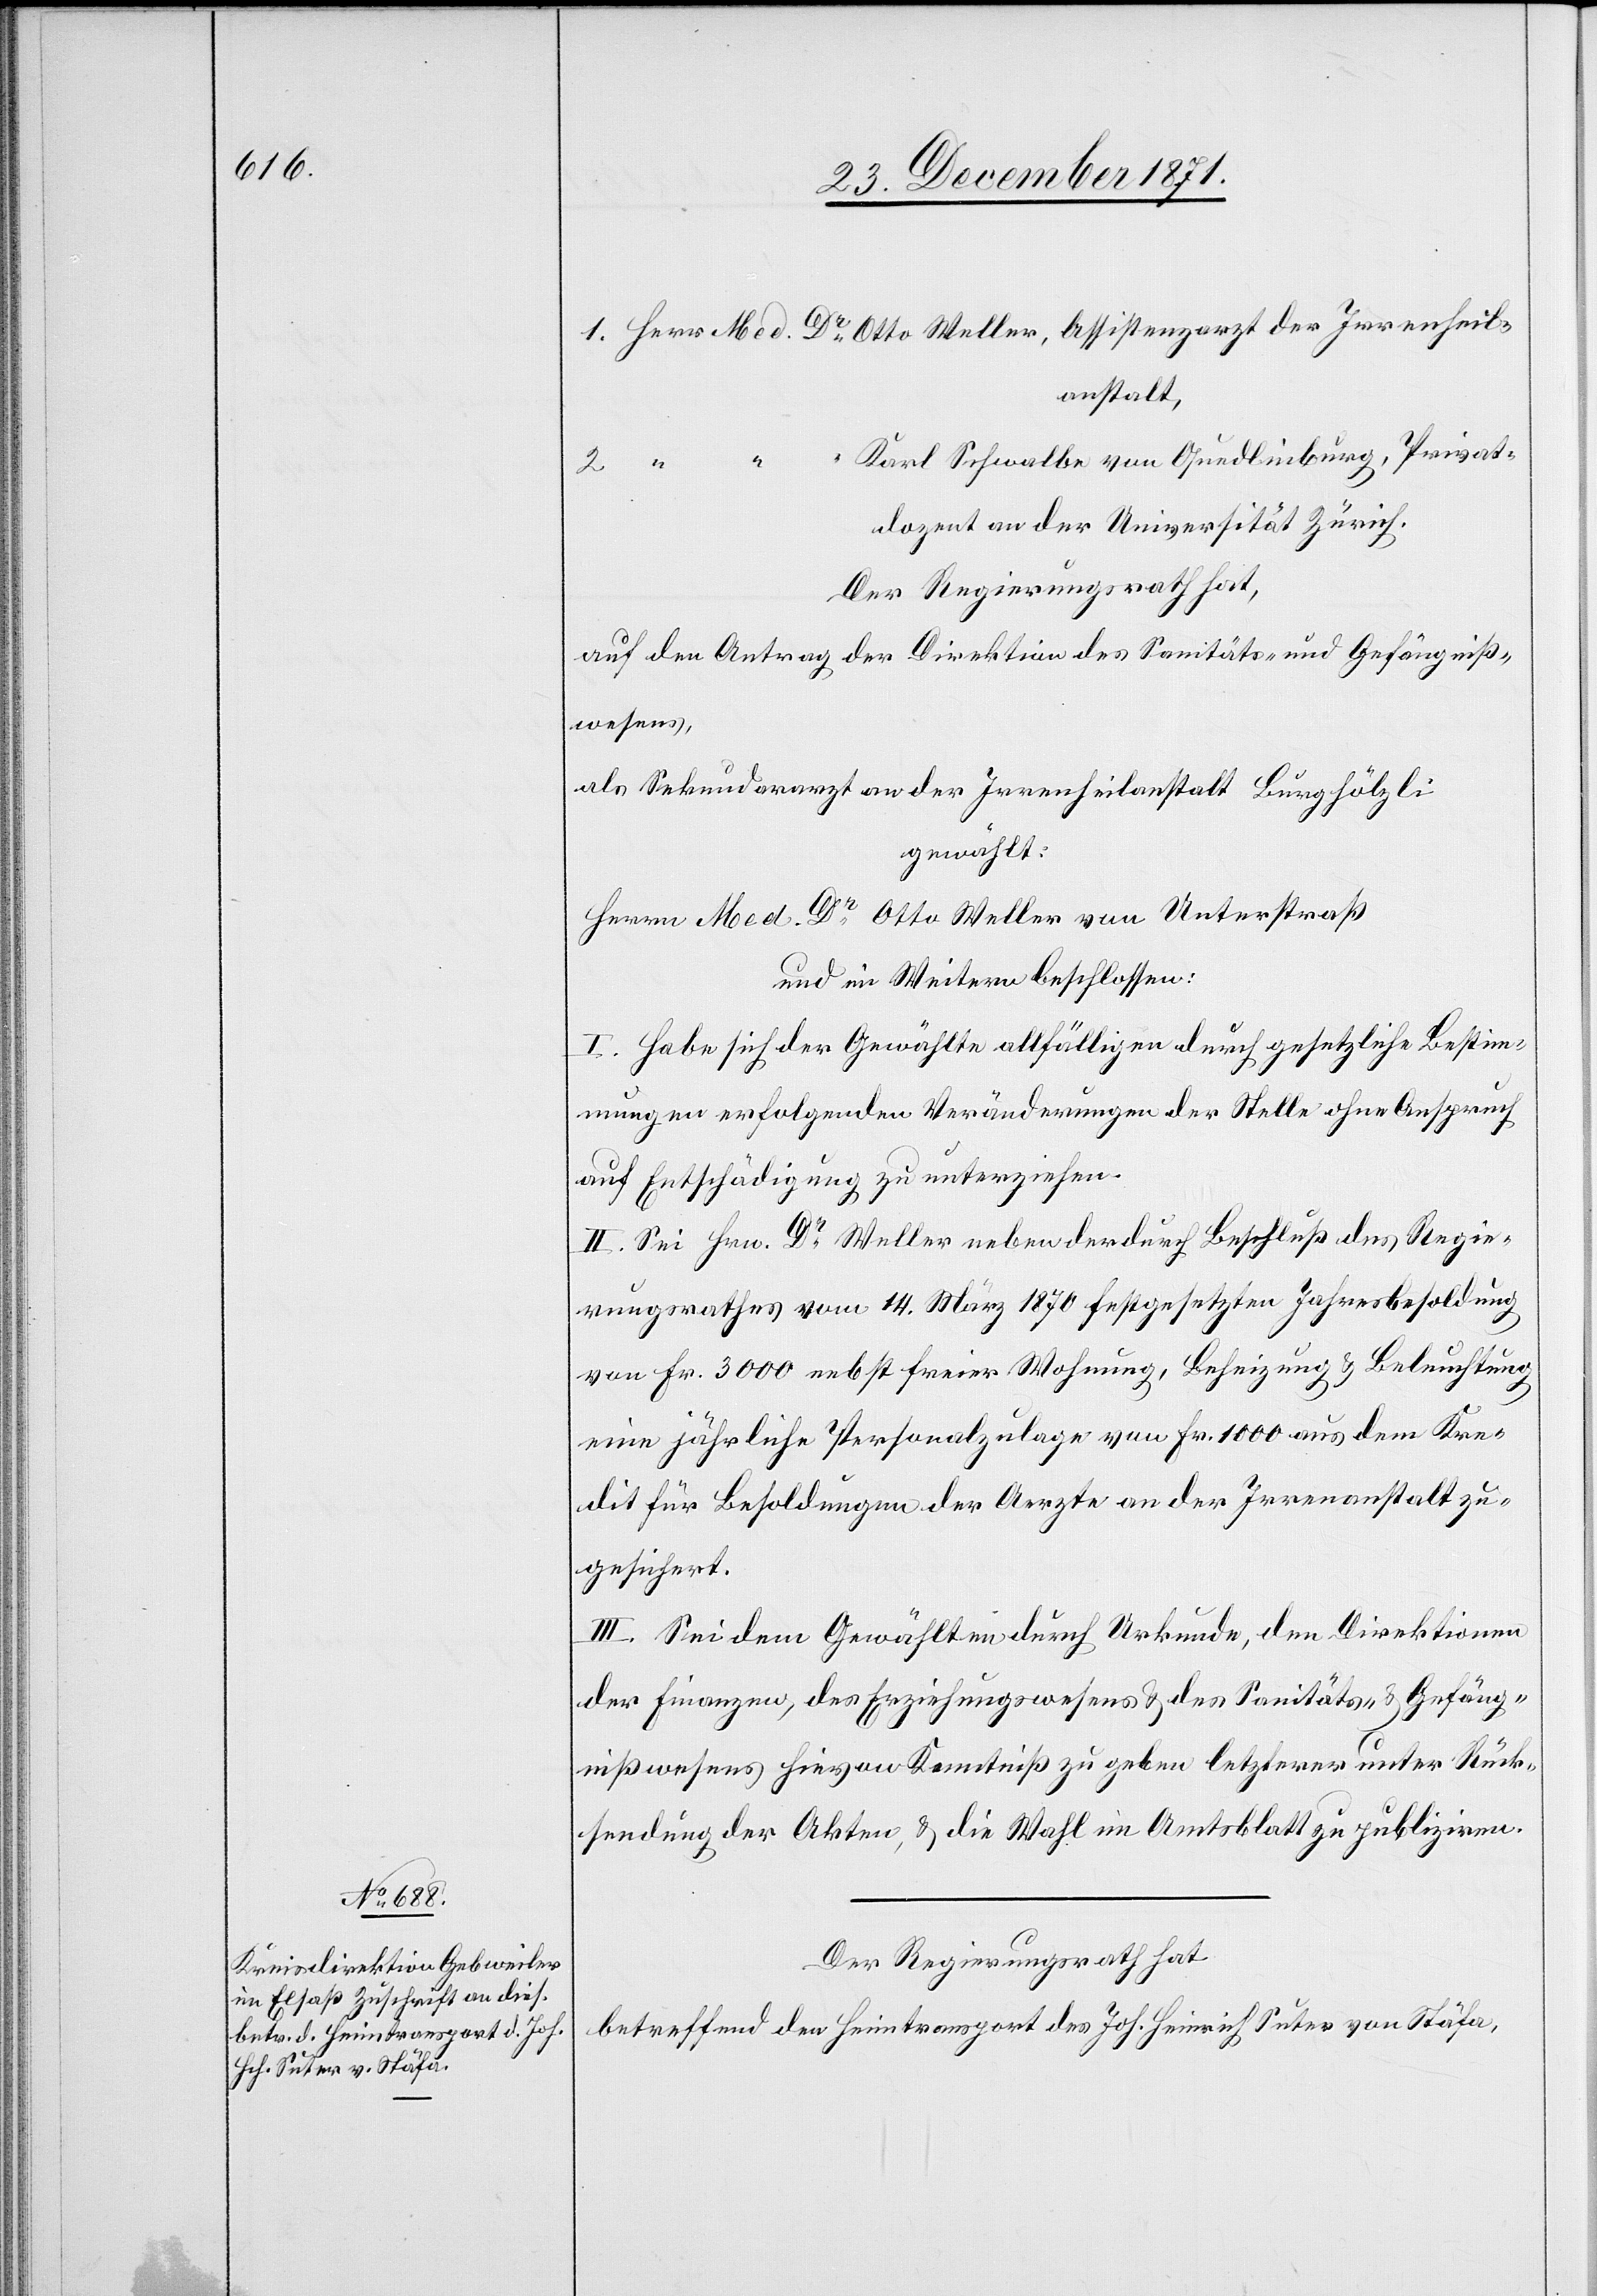
1. Herr Med. Dr. Otto Weller, Assistenzarzt der Irrenheil¬
anstalt,
“ Karl Schwalbe von Quedlinburg, Privat¬
2. “ “
dozent an der Universität Zürich.
auf den Antrag der Direktion des Sanitäts- & Gefängniß¬
wesens,
als Sekundararzt an der Irrenheilanstalt Burghölzli
gewählt:
Herrn Med. Dr. Otto Weller von Unterstraß
und im Weitern beschlossen:
I. Habe sich der Gewählte allfälligen durch gesetzliche Bestim¬
mungen erfolgenden Veränderungen der Stelle ohne Anspruch
auf Entschädigung zu unterziehen.
II. Sei Hrn. Dr. Weller neben der durch Beschluß des Regie¬
rungsrathes vom 14. März 1870 festgesetzten Jahresbesoldung
von Fr. 3000 nebst freier Wohnung, Beheizung & Beleuchtung
eine jährliche Personalzulage von Fr. 1000 aus dem Kre¬
dit für Besoldungen der Aerzte an der Irrenanstalt zu¬
gesichert.
III. Sei dem Gewählten durch Urkunde, den Direktionen
der Finanzen, des Erziehungswesens & des Sanitäts- & Gefäng¬
nißwesens hievon Kenntniß zu geben[,] letzterer unter Rück¬
sendung der Akten, & die Wahl im Amtsblatt zu publiziren.
Der Regierungsrath hat
betreffend den Heimtransport des Joh. Heinrich Suter von Stäfa,